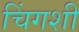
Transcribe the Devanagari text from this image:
चिंगशी